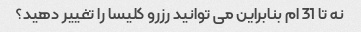
نه تا 31 ام بنابراین می توانید رزرو کلیسا را ​​تغییر دهید؟